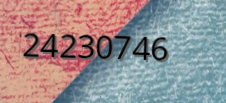
24230746